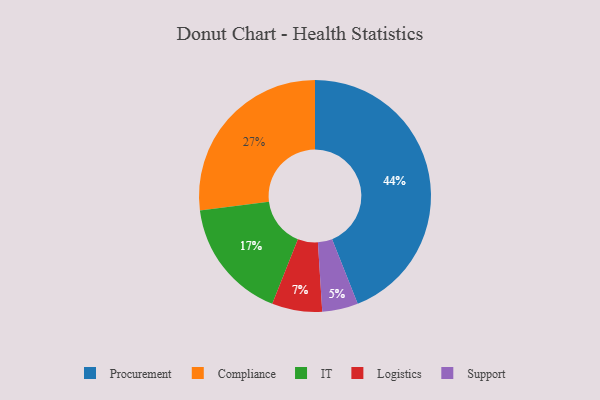
{"axis": {"x": "Category", "y": "Percentage"}, "legend": ["Compliance", "IT", "Logistics", "Procurement", "Support"], "data": [{"x": "Procurement", "y": 44, "type": "Procurement"}, {"x": "Support", "y": 5, "type": "Support"}, {"x": "Logistics", "y": 7, "type": "Logistics"}, {"x": "Compliance", "y": 27, "type": "Compliance"}, {"x": "IT", "y": 17, "type": "IT"}]}